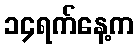
၁၄ရက်နေ့က